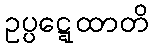
ဥပ္ပဋ္ဋေထာတိ